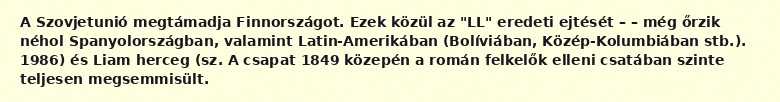
A Szovjetunió megtámadja Finnországot. Ezek közül az "LL" eredeti ejtését – – még őrzik néhol Spanyolországban, valamint Latin-Amerikában (Bolíviában, Közép-Kolumbiában stb.). 1986) és Liam herceg (sz. A csapat 1849 közepén a román felkelők elleni csatában szinte teljesen megsemmisült.